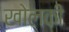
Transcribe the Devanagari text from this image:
खोलकी